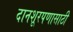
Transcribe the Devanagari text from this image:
दानशूरपणासाठी